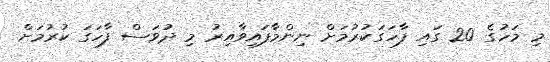
މި މަހުގެ 20 ގައި ފާހަގަކުރުމަށް ނިންމާފައިވާއިރު މި ދުވަސް ފާހަގަ ކުރުމަށް